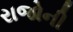
રાજોની